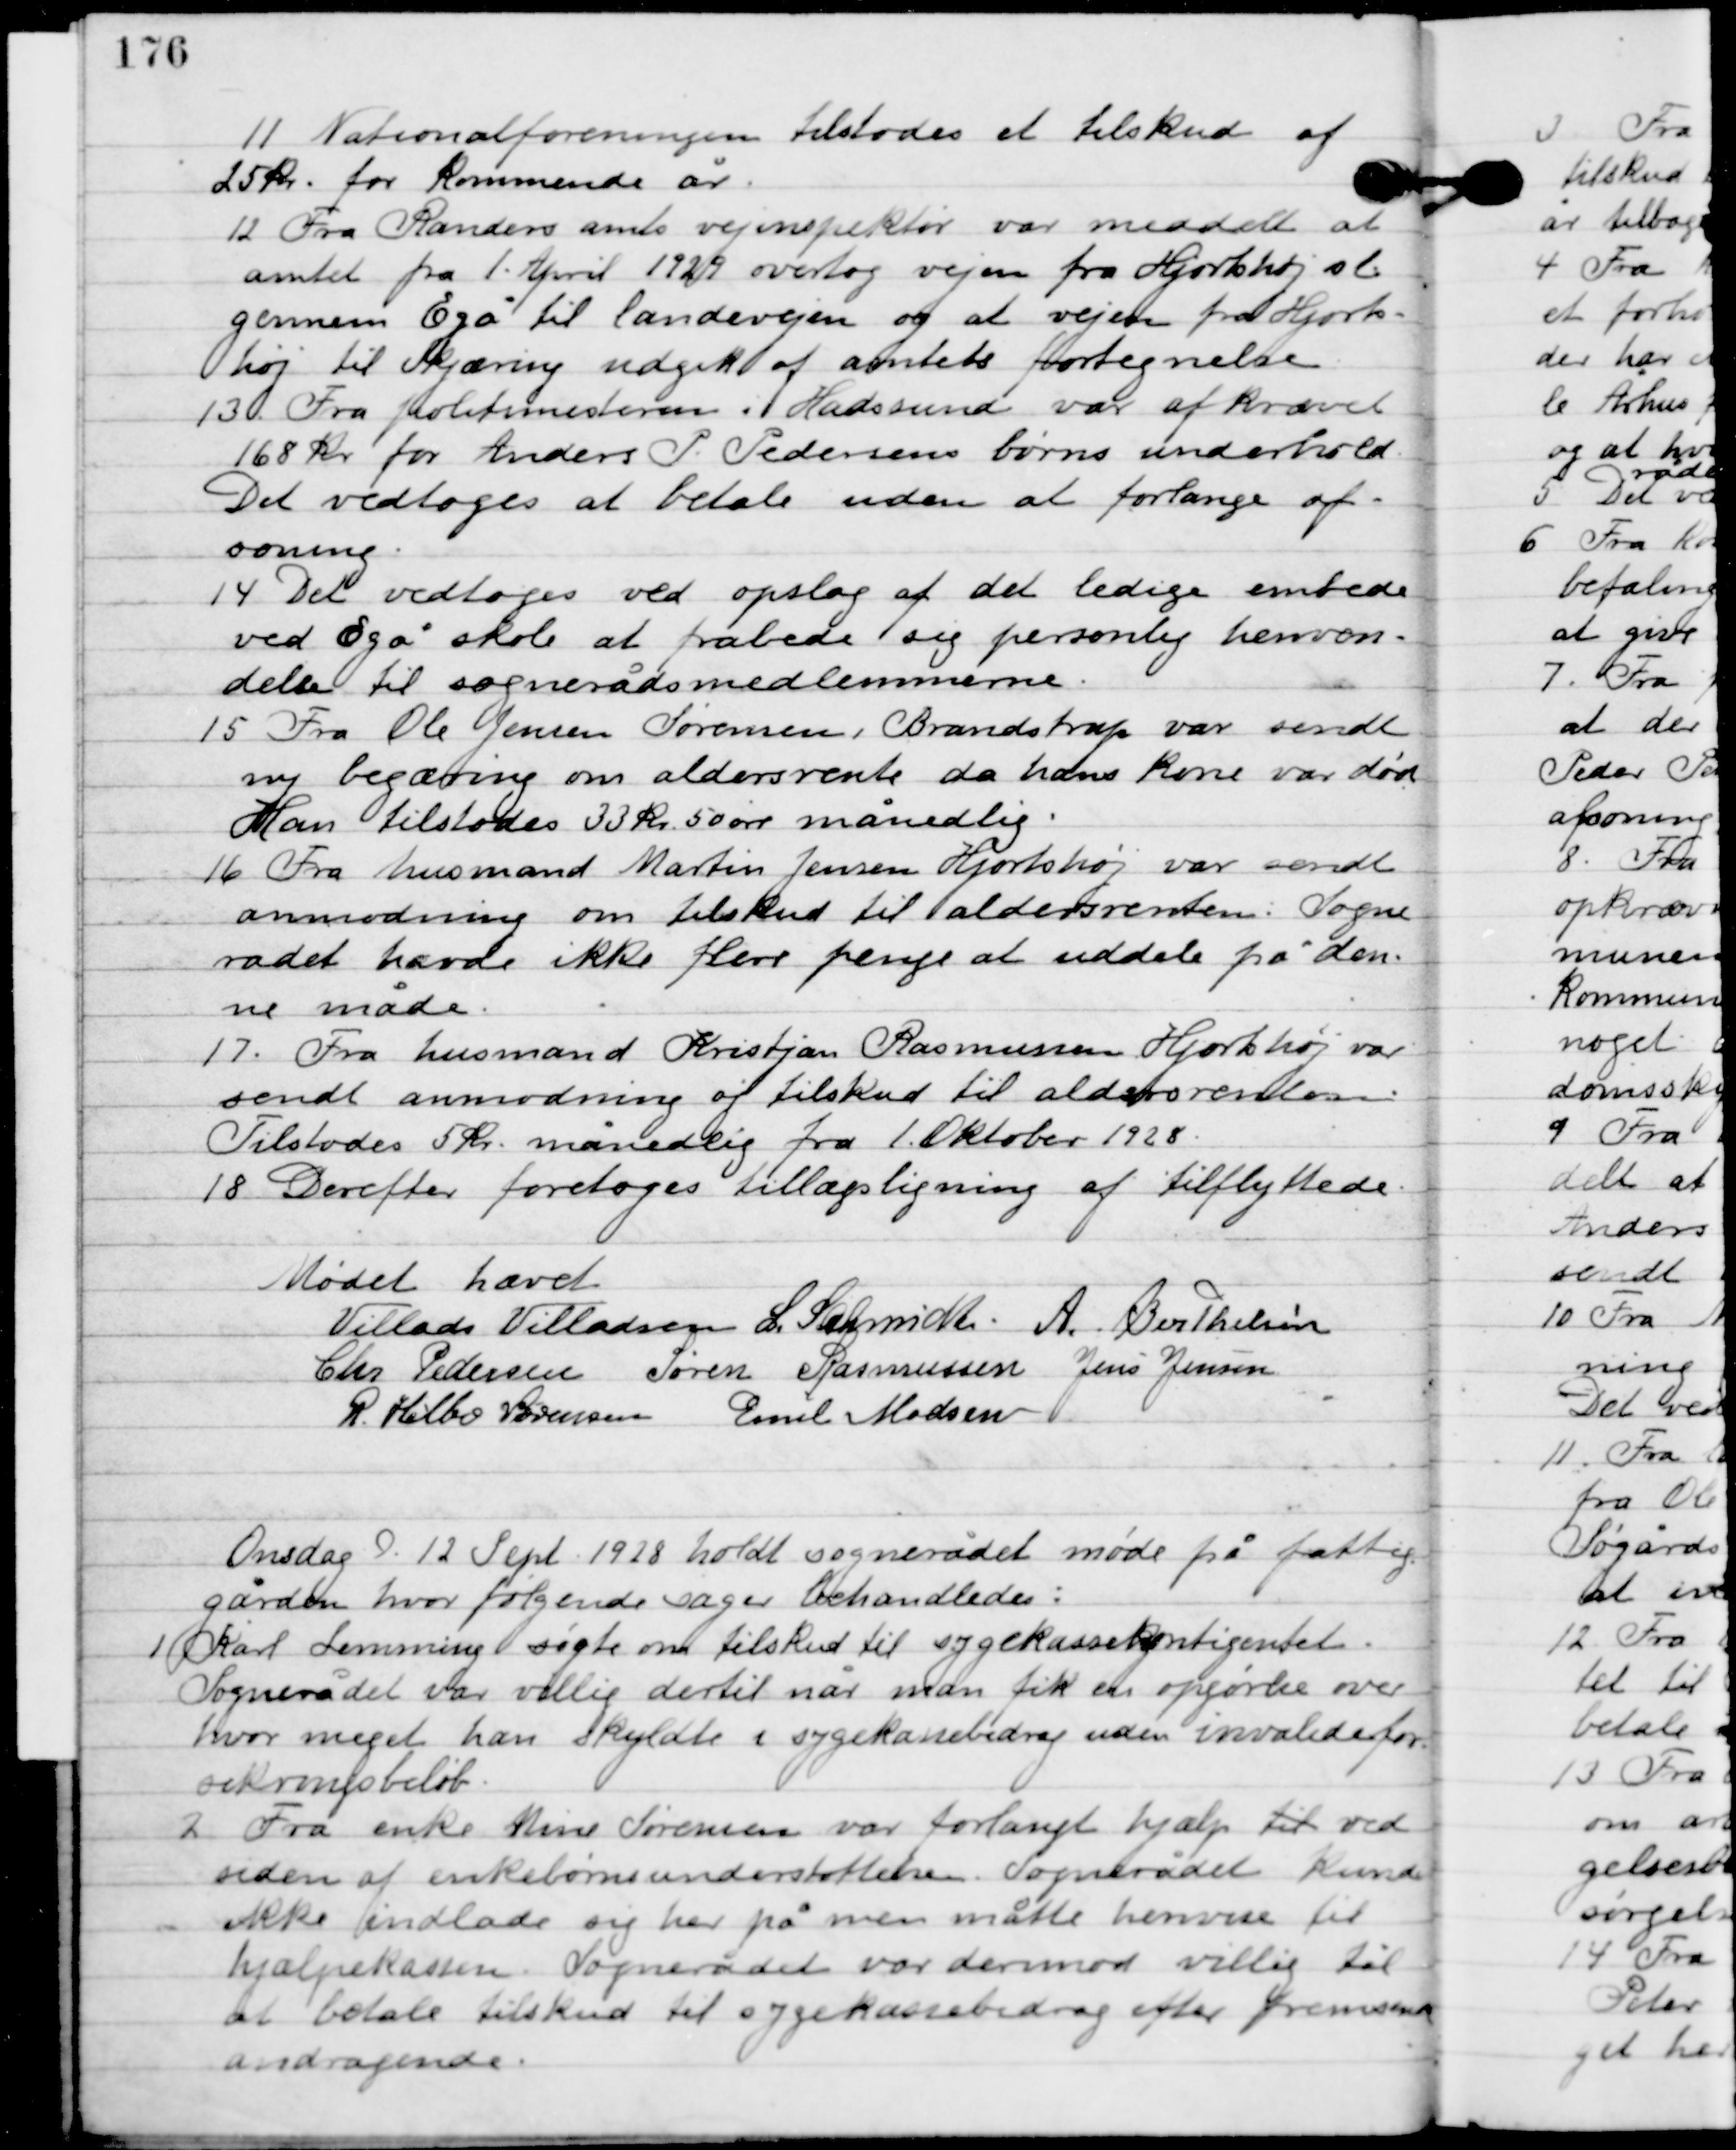
Transskription:
11

Nationalforeningen tilstodes et tilskud af
25 kr. for kommende år.

12

Fra Randers amts vejinspektør var meddelt at
amtet fra 1. april 1929 overtog vejen fra Hjortshøj st.
gennem Egå til landevejen og at vejen fra Hjorts-
høj til Skjæring udgik ag amtets fortegnelse.

13

Fra politimesteren i Hadsund var afkrævet
168 kr. for Anders P. Pedersens børns underhold.
Det vedtoges at betale uden at forlange af-
soning.

16

Det vedtoges at opslag af det ledige embede
ved Egåskole at frabede sig personlig henven-
delse til sognerådsmedlemmerne.

17

Fra Ole Jensen Sørensen, Brandstrup var sendt
ny begæring om aldersrente da hans kone var død.
Han tilstodes 33 kr. 50 øre månedlig.

18

Fra husmand Martin Jensen Hjortshøj var sendt
anmodning om tilskud til aldersrenten. Sogne-
rådet havde ikke flere penge at uddele på den-
ne måde.

19

Fra husmand Kristjan Rasmussen Hjortshøj var
sendt anmodning og tilskud til aldersrenten.
Tilstodes 5 kr. månedlig fra 1. Oktober 1928.

20

Derefter foretoges tillægsligning af tilflyttede.

Mødet hævet

Villads J. Villadsen
I. Schmidt
A. Berthelsen
Chr. Pedersen
Søren Rasmussen
Jens Jensen
R. Helbo Sørensen
Emil Madsen

Onsdag D. 9. Sept. 1928. holdt sognerådet møde på fattig-
gården, hvor følgende sager behandledes.

1

Karl Lemming søgte om tilskud til sygekasse kontingentet.
Sognerådet var villig dertil når man fik en opgørelse over
hvor meget han skyldte i sygekassebidrag uden invalidefor-
sikringsbeløb.

2

Fra enke Mine Sørensen var forlangt hjælp ved
siden af enke børns understøttelsen. Sognerådet kunde
ikke indlade sig her på men måtte henvise til
hjælpeklassen. Sognerådet var derimod villig til
at betale tilskud til sygekassebidrag efter fremsendt
andragende.